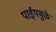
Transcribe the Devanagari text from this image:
पाईपमुळे